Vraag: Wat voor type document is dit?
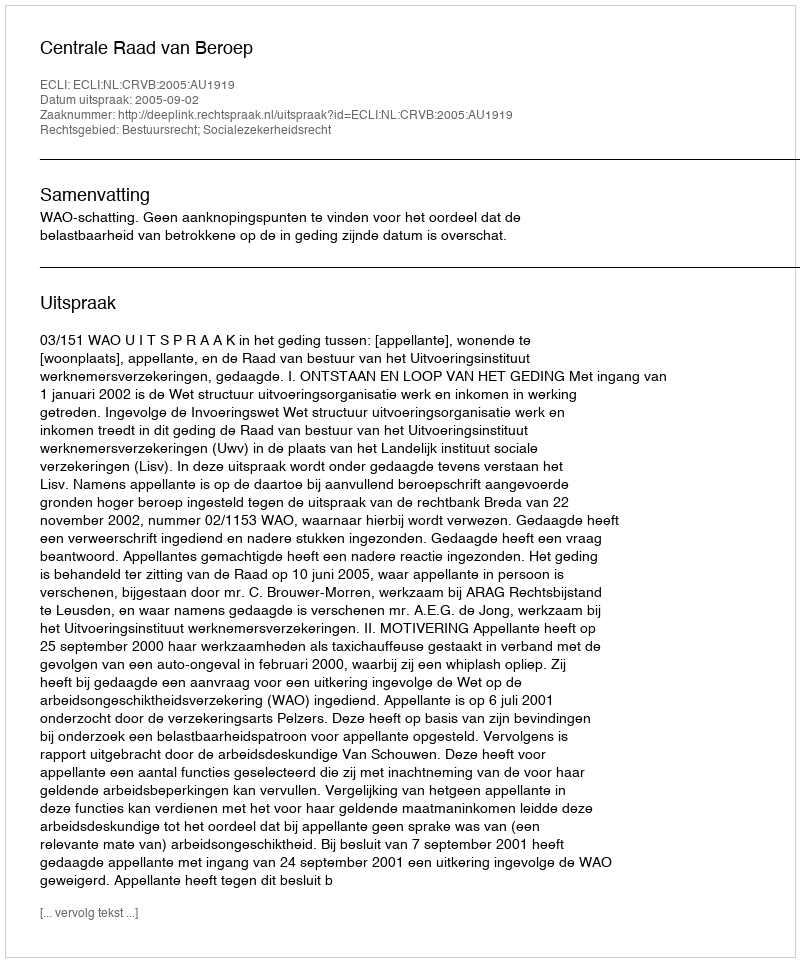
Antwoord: Uitspraak